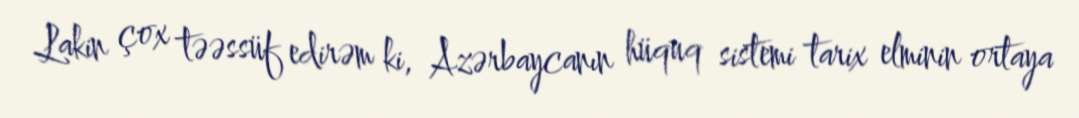
Lakin çox təəssüf edirəm ki, Azərbaycanın hüquq sistemi tarix elminin ortaya